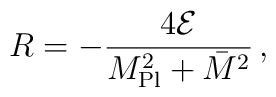
R = -\frac{4 {\cal E}}{M_{\rm Pl}^2 + \bar{M}^2}\,,